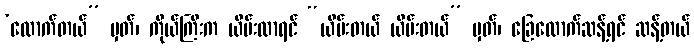
‘ထောက်တယ်” မှတ်၊ ကိုယ်ကြီးက ယိမ်းလာရင် “ယိမ်းတယ် ယိမ်းတယ်” မှတ်၊ ခြေထောက်ဆန့်ရင် ဆန့်တယ်